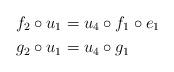
LaTeX: \begin{align*} f_2\circ u_1&=u_4\circ f_1\circ e_1\\ g_2\circ u_1&=u_4\circ g_1 \end{align*}